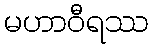
မဟာဝီရဿ